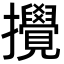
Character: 攪